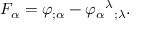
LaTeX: F _ { \alpha } = \varphi _ { ; \alpha } - \varphi _ { \alpha } { } ^ { \lambda } { } _ { ; \lambda } .